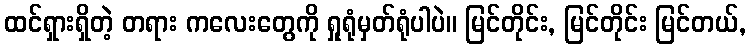
ထင်ရှားရှိတဲ့ တရား ကလေးတွေကို ရှုရုံမှတ်ရုံပါပဲ။ မြင်တိုင်း, မြင်တိုင်း မြင်တယ်,